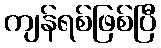
ကျန်ရစ်ဖြစ်ပြီ